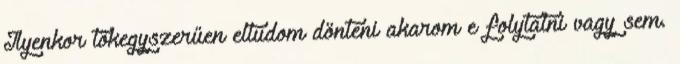
Ilyenkor tökegyszerűen eltudom dönteni akarom e folytatni vagy sem.